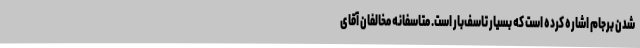
شدن برجام اشاره کرده است که بسیار تاسف‌بار است. متاسفانه مخالفان آقای